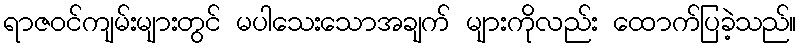
ရာဇဝင်ကျမ်းများတွင် မပါသေးသောအချက် များကိုလည်း ထောက်ပြခဲ့သည်။